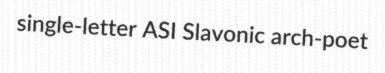
single-letter ASI Slavonic arch-poet